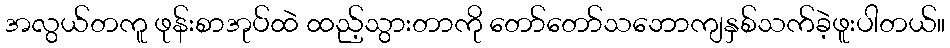
အလွယ်တကူ ဖုန်းစာအုပ်ထဲ ထည့်သွားတာကို တော်တော်သဘောကျနှစ်သက်ခဲ့ဖူးပါတယ်။